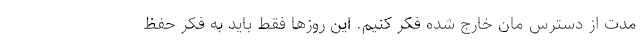
مدت از دسترس مان خارج شده فکر کنیم. این روزها فقط باید به فکر حفظ